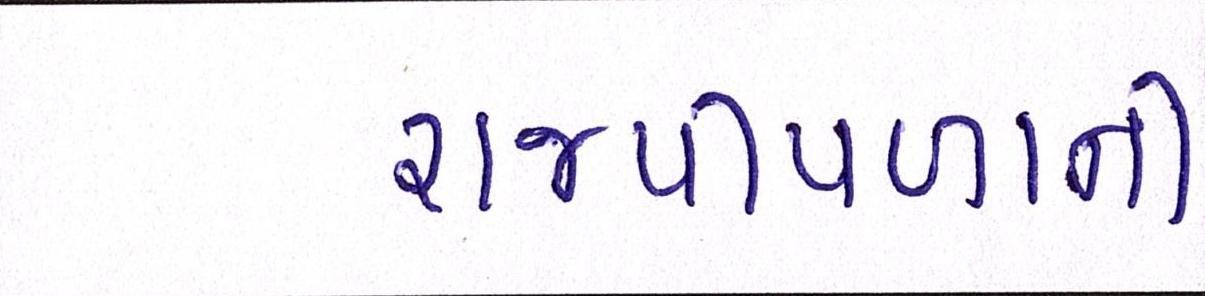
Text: રાજપીપળાની